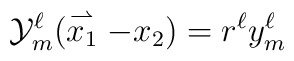
{\cal Y}^\ell_m(\stackrel{\rightharpoonup}{x_1}-x_2)=r^\ell y^\ell_m